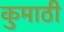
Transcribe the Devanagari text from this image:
कुमाठी